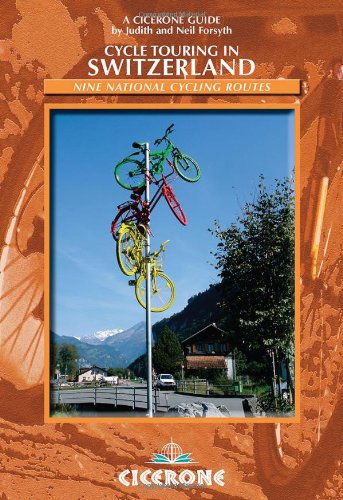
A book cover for Cycle Touring in Switzerland: Nine tours on Switzerland's national cycle routes (Cicerone Guides); Judith Forsyth; Travel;